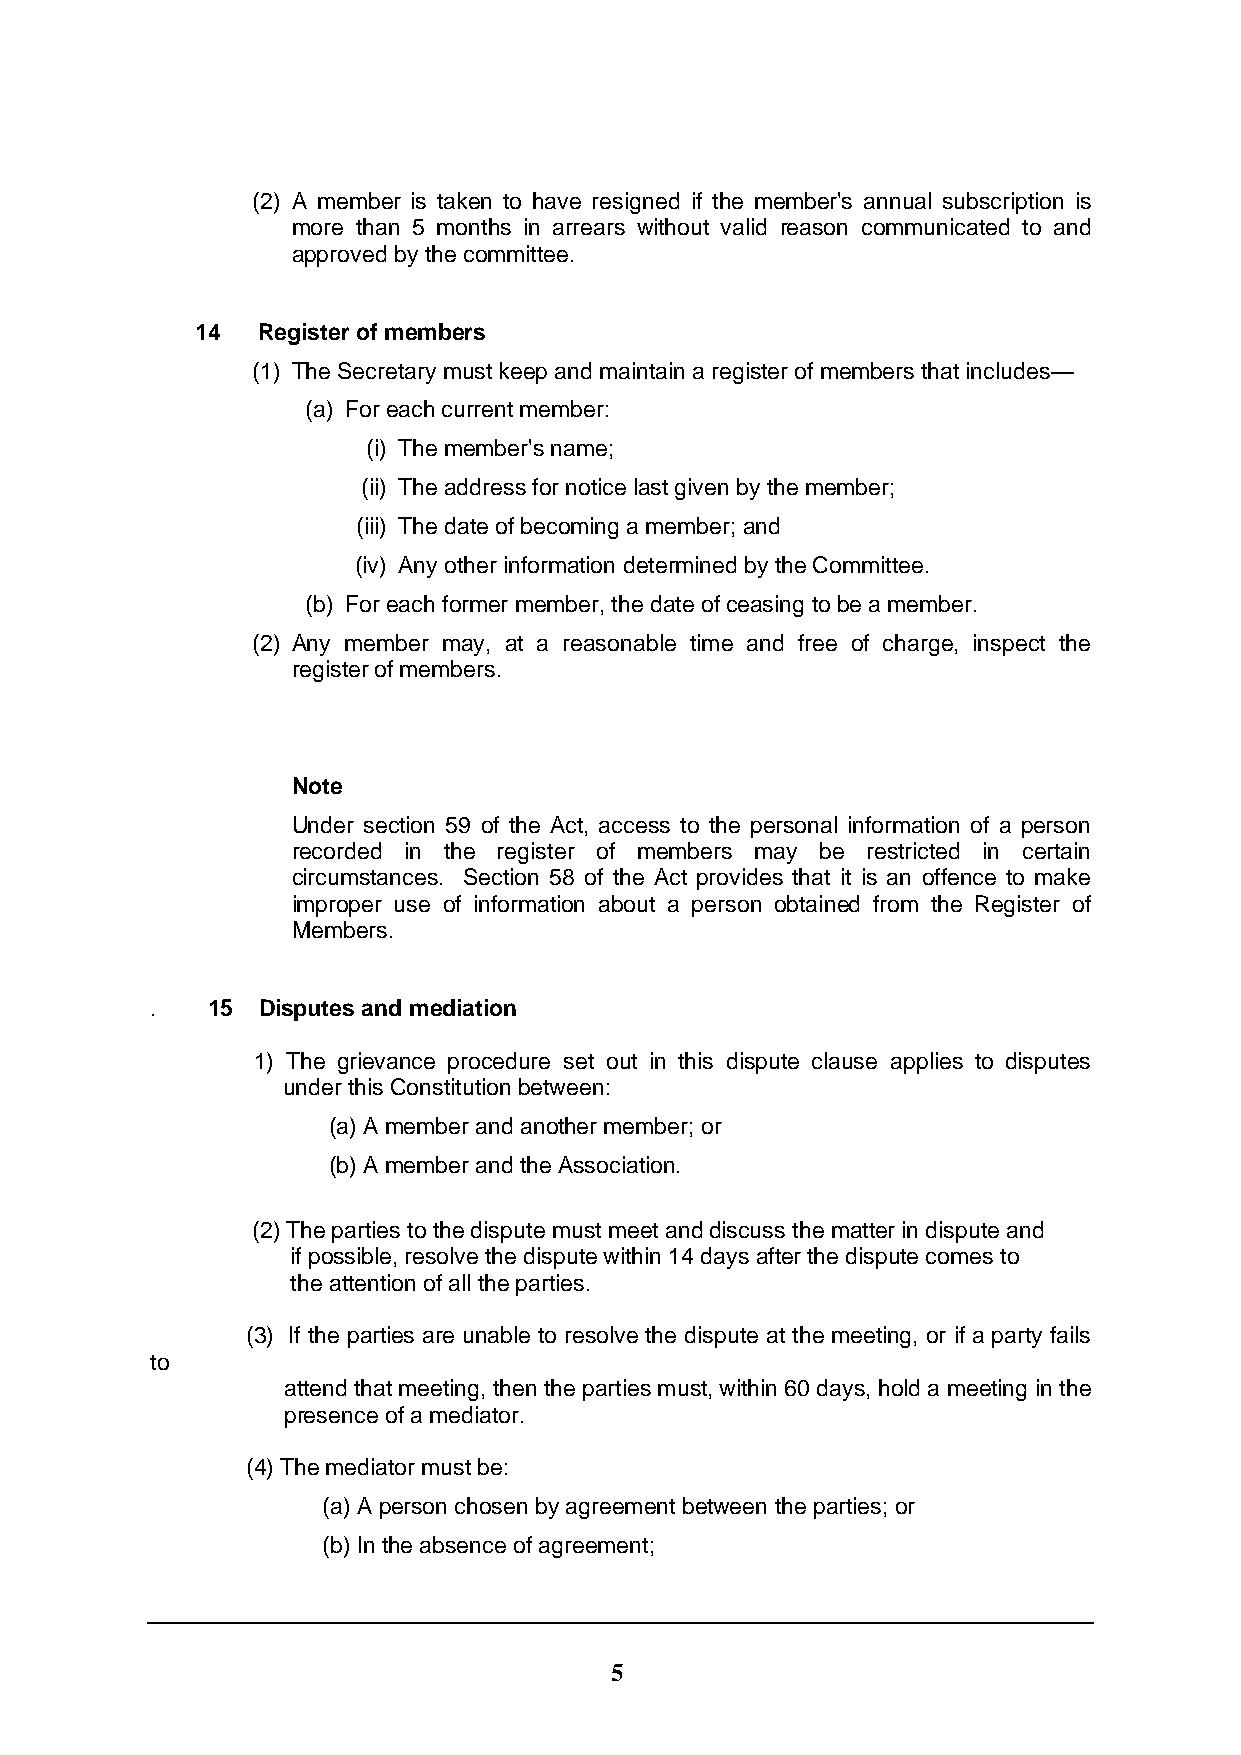
(2) A member is taken to have resigned if the member's annual subscription is
 more than 5 months in arrears without valid reason communicated to and
 approved by the committee.
 14  Register of members
 (1) The Secretary must keep and maintain a register of members that includes—
 (a) For each current member:
 (i) The member's name;
 (ii) The address for notice last given by the member;
 (iii) The date of becoming a member; and
 (iv) Any other information determined by the Committee.
 (b) For each former member, the date of ceasing to be a member.
 (2) Any member may, at a reasonable time and free of charge, inspect the
 register of members.
 Note
 Under section 59 of the Act, access to the personal information of a person
 recorded in the register of members may be restricted in certain
 circumstances. Section 58 of the Act provides that it is an offence to make
 improper use of information about a person obtained from the Register of
 Members.
 .   15 Disputes and mediation
 1) The grievance procedure set out in this dispute clause applies to disputes
 under this Constitution between:
 (a) A member and another member; or
 (b) A member and the Association.
 (2) The parties to the dispute must meet and discuss the matter in dispute and
 if possible, resolve the dispute within 14 days after the dispute comes to
 the attention of all the parties.
 (3) If the parties are unable to resolve the dispute at the meeting, or if a party fails
 to
 attend that meeting, then the parties must, within 60 days, hold a meeting in the
 presence of a mediator.
 (4) The mediator must be:
 (a) A person chosen by agreement between the parties; or
 (b) In the absence of agreement;
 5